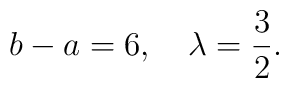
b-a=6, \quad \lambda=\frac{3}{2}.